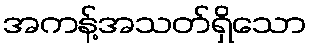
အကန့်အသတ်ရှိသော